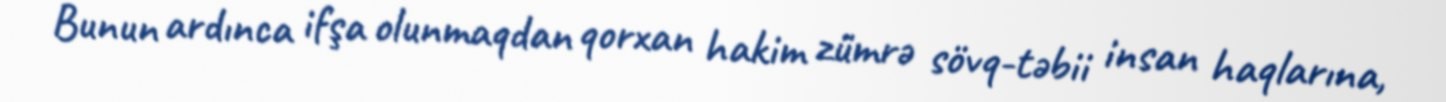
Bunun ardınca ifşa olunmaqdan qorxan hakim zümrə sövq-təbii insan haqlarına,